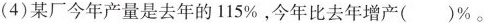
(4)某厂今年产量是去年的115%，今年比去年增产( )%。